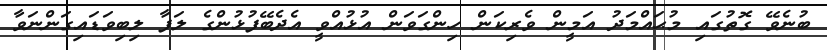
ބުނެވޭ ގޮތުގައި މުޙައްމަދު އަމީން ވެރިކަން ހިންގަވަން އުޅުއްވީ އެދެބޭފުޅުންގެ ލަފާ ލިބިވަޑައިގަންނަވާ